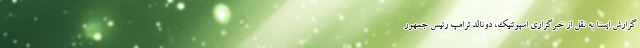
گزارش ایسنا به نقل از خبرگزاری اسپوتنیک، دونالد ترامپ رئیس جمهور